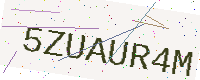
Text: 5ZUAUR4M